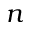
n